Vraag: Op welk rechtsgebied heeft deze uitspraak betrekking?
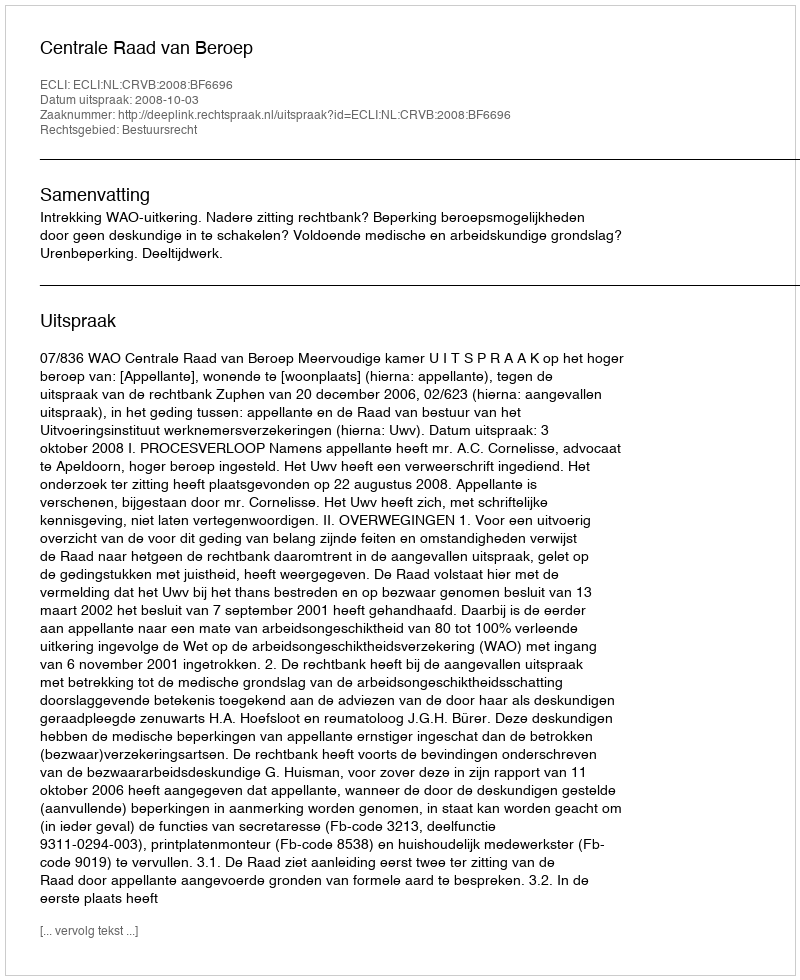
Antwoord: Bestuursrecht